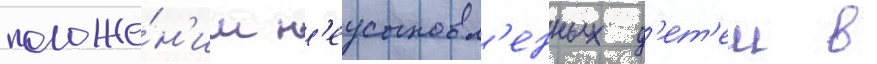
положе́н'ии н'еусыновл'енных д'ет'еи в